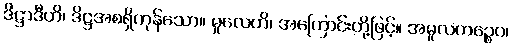
ဒိဋ္ဌာဒီဟိ၊ ဒိဋ္ဌအစရှိကုန်သော။ မူလေဟိ၊ အကြောင်းတို့ဖြင့်။ အမူလကဉ္စေဝ၊